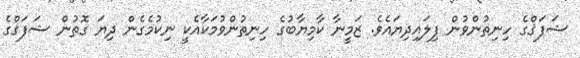
ޝަފަޤްގެ ހިނިތުންވުން ފިލައިދިޔައެވެ. ޒަމީނާ ކާމިޔާބުގެ ހިނިތުންވުމަކާއެކީ ނިކުމެގެން ދިޔަ ގޮތުން ޝަފަޤްގެ